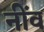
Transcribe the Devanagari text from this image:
नींंव